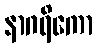
နာဂရိကော